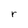
Character: r